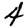
Digit: 4